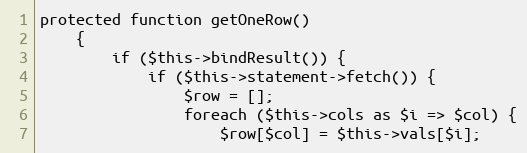
Language: PHP
protected function getOneRow()
    {
        if ($this->bindResult()) {
            if ($this->statement->fetch()) {
                $row = [];
                foreach ($this->cols as $i => $col) {
                    $row[$col] = $this->vals[$i];